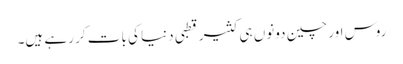
روس اور چین دونوں ہی کثیر قطبی دنیا کی بات کر رہے ہیں۔